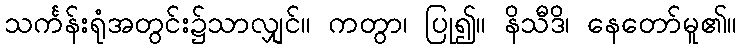
သင်္ကန်းရုံအတွင်း၌သာလျှင်။ ကတွာ၊ ပြု၍။ နိသီဒိ၊ နေတော်မူ၏။